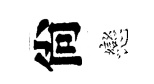
尙戀